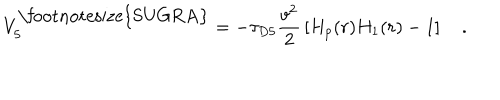
V _ { 5 } ^ { \mathrm { \footnotesize { S U G R A } } } = - { \tau _ { D 5 } } { \frac { v ^ { 2 } } { 2 } } \left[ H _ { p } ( r ) H _ { 1 } ( r ) - 1 \right] \quad .